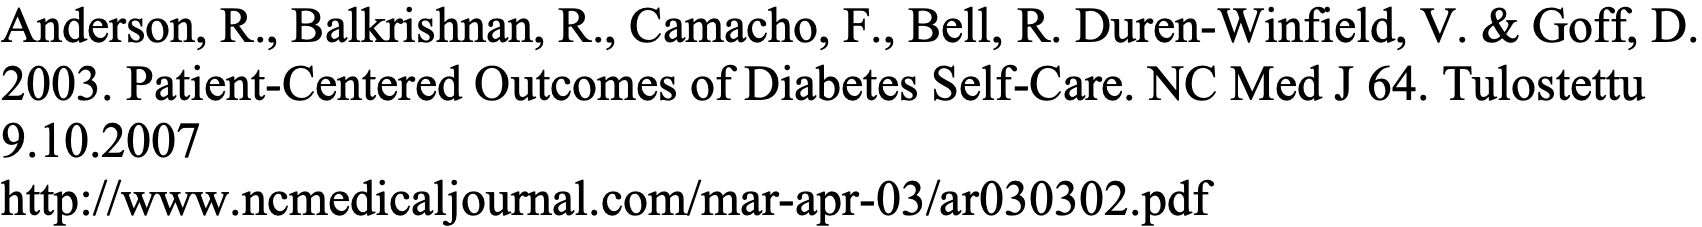
Anderson, R., Balkrishnan, R., Camacho, F., Bell, R. Duren-Winfield, V. & Goff, D. 2003. Patient-Centered Outcomes of Diabetes Self-Care. NC Med J 64. Tulostettu 9.10.2007 http://www.ncmedicaljournal.com/mar-apr-03/ar030302.pdf